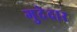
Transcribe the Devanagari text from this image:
गुदेदार